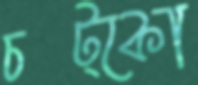
চট্‌কো